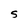
Character: S